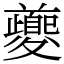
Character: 夔